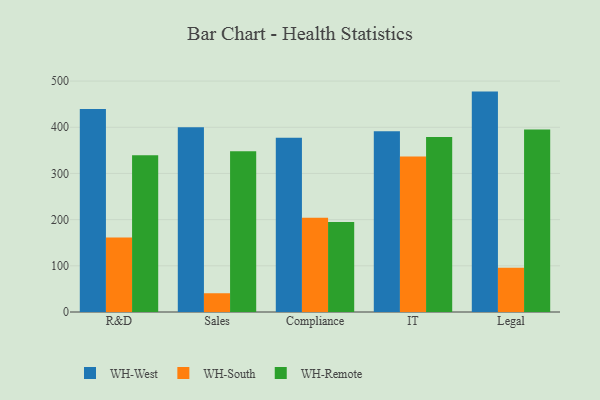
{"axis": {"x": "Department", "y": "Operating Costs (USD K)"}, "legend": ["WH-Remote", "WH-South", "WH-West"], "data": [{"x": "R&D", "y": 439.5, "type": "WH-West"}, {"x": "R&D", "y": 161.3, "type": "WH-South"}, {"x": "R&D", "y": 339.3, "type": "WH-Remote"}, {"x": "Sales", "y": 400.0, "type": "WH-West"}, {"x": "Sales", "y": 40.6, "type": "WH-South"}, {"x": "Sales", "y": 348.0, "type": "WH-Remote"}, {"x": "Compliance", "y": 377.1, "type": "WH-West"}, {"x": "Compliance", "y": 204.3, "type": "WH-South"}, {"x": "Compliance", "y": 194.8, "type": "WH-Remote"}, {"x": "IT", "y": 391.1, "type": "WH-West"}, {"x": "IT", "y": 336.9, "type": "WH-South"}, {"x": "IT", "y": 378.9, "type": "WH-Remote"}, {"x": "Legal", "y": 477.2, "type": "WH-West"}, {"x": "Legal", "y": 95.9, "type": "WH-South"}, {"x": "Legal", "y": 395.4, "type": "WH-Remote"}]}